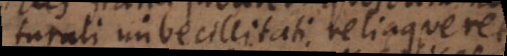
naturali imbecillitati relinqueret,